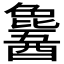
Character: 𬪹